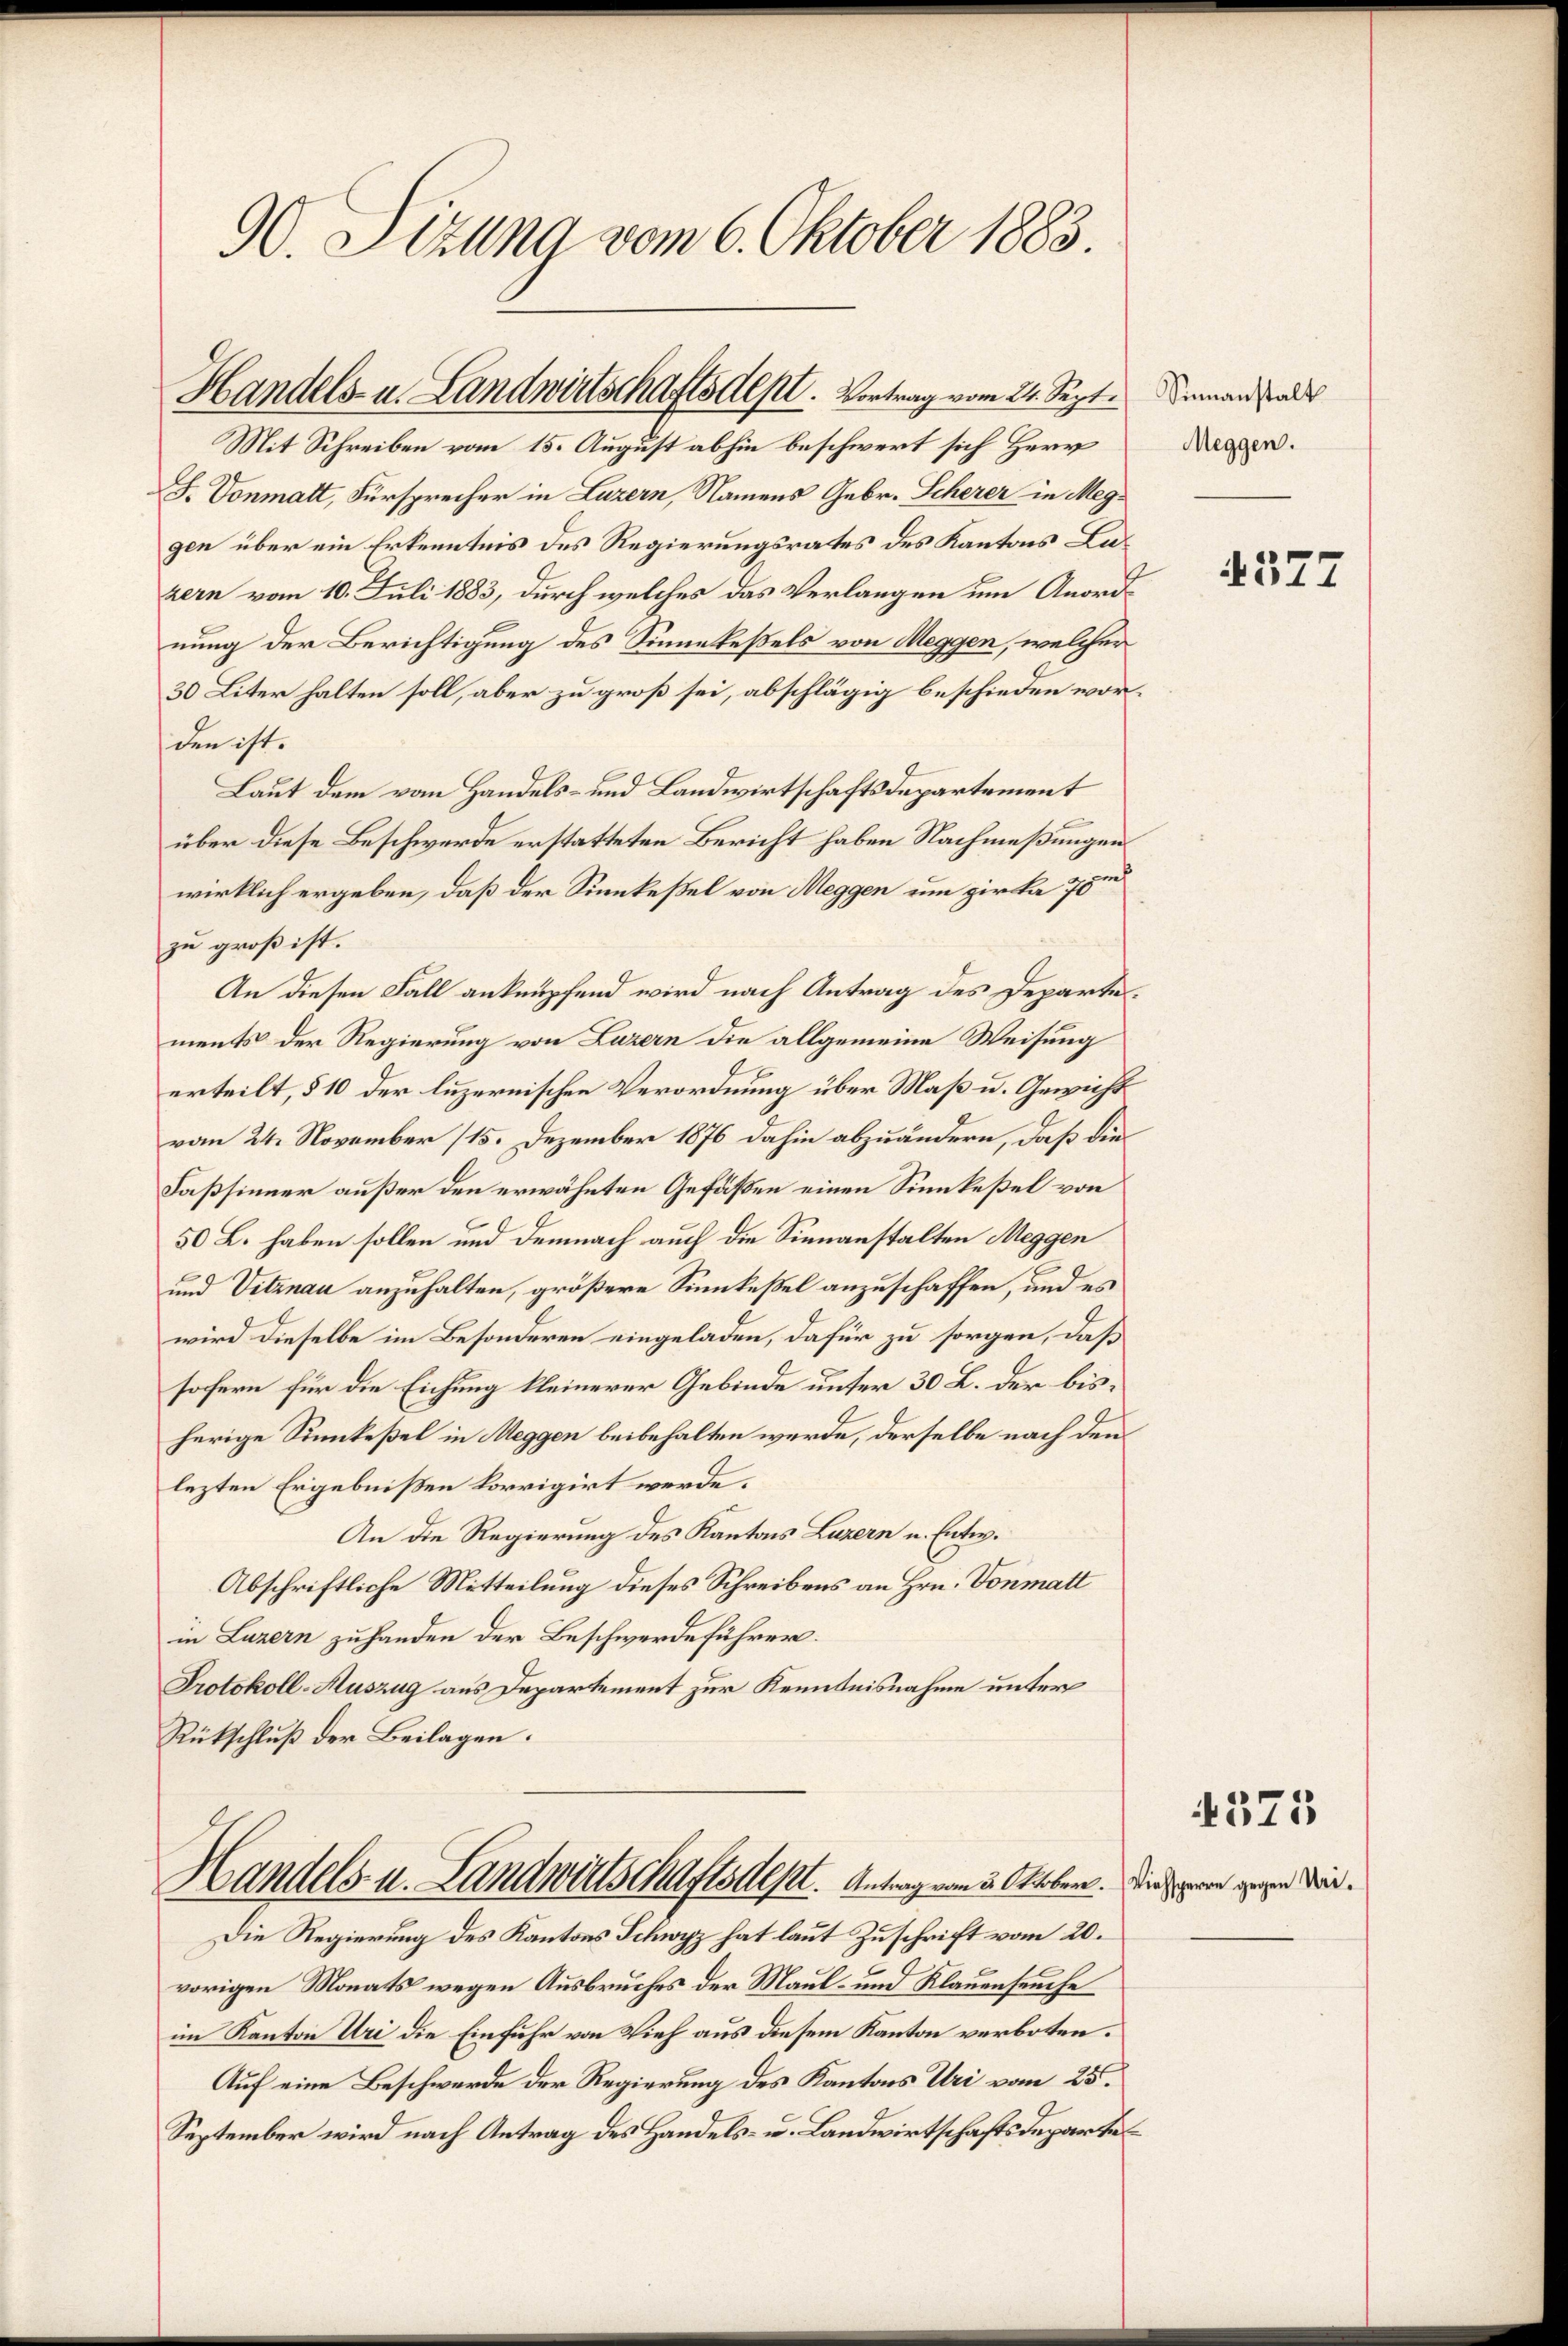
90. Sizung vom 6. Oktober 1883.

J. Vonmatt, Fürsprecher in Luzern, Namens Gebr. Scherer in Meggen über ein Erkenntnis des Regierungsrates des Kantons Luzern vom 10. Juli 1883, durch welches das Verlangen um Anordnung der Berichtigung des Sinnekeßels von Meggen, welcher
30 Liter halten soll, aber zu groß sei, abschlägig beschieden worden ist.
Laut dem vom Handels- und Landwirtschaftsdepartement
über diese Beschwerde erstatteten Bericht haben Nachmeßungen
wirklich ergeben, daß der Sinnkeßel von Meggen um zirka 78
zu groß ist.
An diesen Fall anknüpfend wird nach Antrag des Departements der Regierung von Luzern die allgemeine Weisung
erteilt, § 10 der luzernischen Verordnung über Maß u. Gewicht
vom 24. November (15. Dezember 1876 dahin abzuändern, daß die
Faßsinner außer den erwähnten Gefäßen einen Sinnkeßel von
50 L. haben sollen und demnach auch die Sienanstalten Meggen
und Vitznau anzuhalten, größere Sinnkeßel anzuschaffen, und es
wird dieselbe im Besonderen eingeladen, dafür zu sorgen, daß
sofern für die Eichung kleinerer Gebinde unter 30 L. der bisherige Sinkeßel in Meggen beibehalten werde, derselbe nach den
lezten Ergebnißen korrigirt werde.
An die Regierung des Kantons Luzern u. Entw.
Abschriftliche Mitteilung dieses Schreibens an Hrn. Vonmatt
in Luzern zuhanden der Beschwerdeführer.
Protokoll-Auszug aus Departement zur Kenntnisnahme unter
Rückschluß der Beilagen.

Handels- u. Landwirtschaftsdest. Vortrag vom 24. Sept. demand als
Mit Schreiben vom 15. August abhin beschwert sich Herr

Handels- u. Landwirtschaftsdest. Antrag vom 3. Oktobern. Die ein gegen die¬

Die Regierung des Kantons Schwyz hat laut Zuschrift vom 20.
vorigen Monats wegen Ausbruches der Maul- und Klauenseuche
im Kanton Uri die Einfuhr von Vieh aus diesem Kanton verboten.
Auf eine Beschwerde der Regierung des Kantons Uri vom 25.
September wird nach Antrag des Handels- u. Landwirtschaftsdeparte

Meggen.

f
314

4375